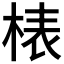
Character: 𣓻